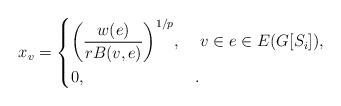
LaTeX: \begin{align*} x_v= \begin{dcases} \bigg(\frac{w(e)}{rB(v,e)}\bigg)^{1/p}, & \ v\in e\in E(G[S_i]), \\ 0, & . \end{dcases}\end{align*}